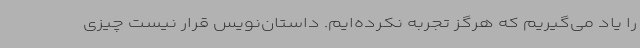
را یاد می‌گیریم که هرگز تجربه نکرده‌ایم. داستان‌نویس قرار نیست چیزی